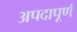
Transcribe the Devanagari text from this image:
अपदापूर्ण